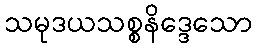
သမုဒယသစ္စနိဒ္ဒေသော